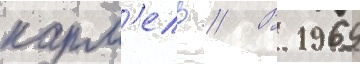
карм'ель // В 1969